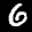
Label: 6